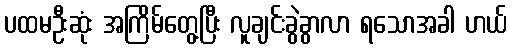
ပထမဦးဆုံး အကြိမ်တွေ့ပြီး လူချင်းခွဲခွာလာ ရသောအခါ ဟယ်